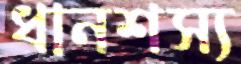
ধানশস্য